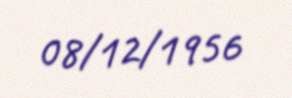
08/12/1956